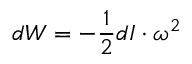
d W = - { \frac { 1 } { 2 } } d I \cdot \omega ^ { 2 }